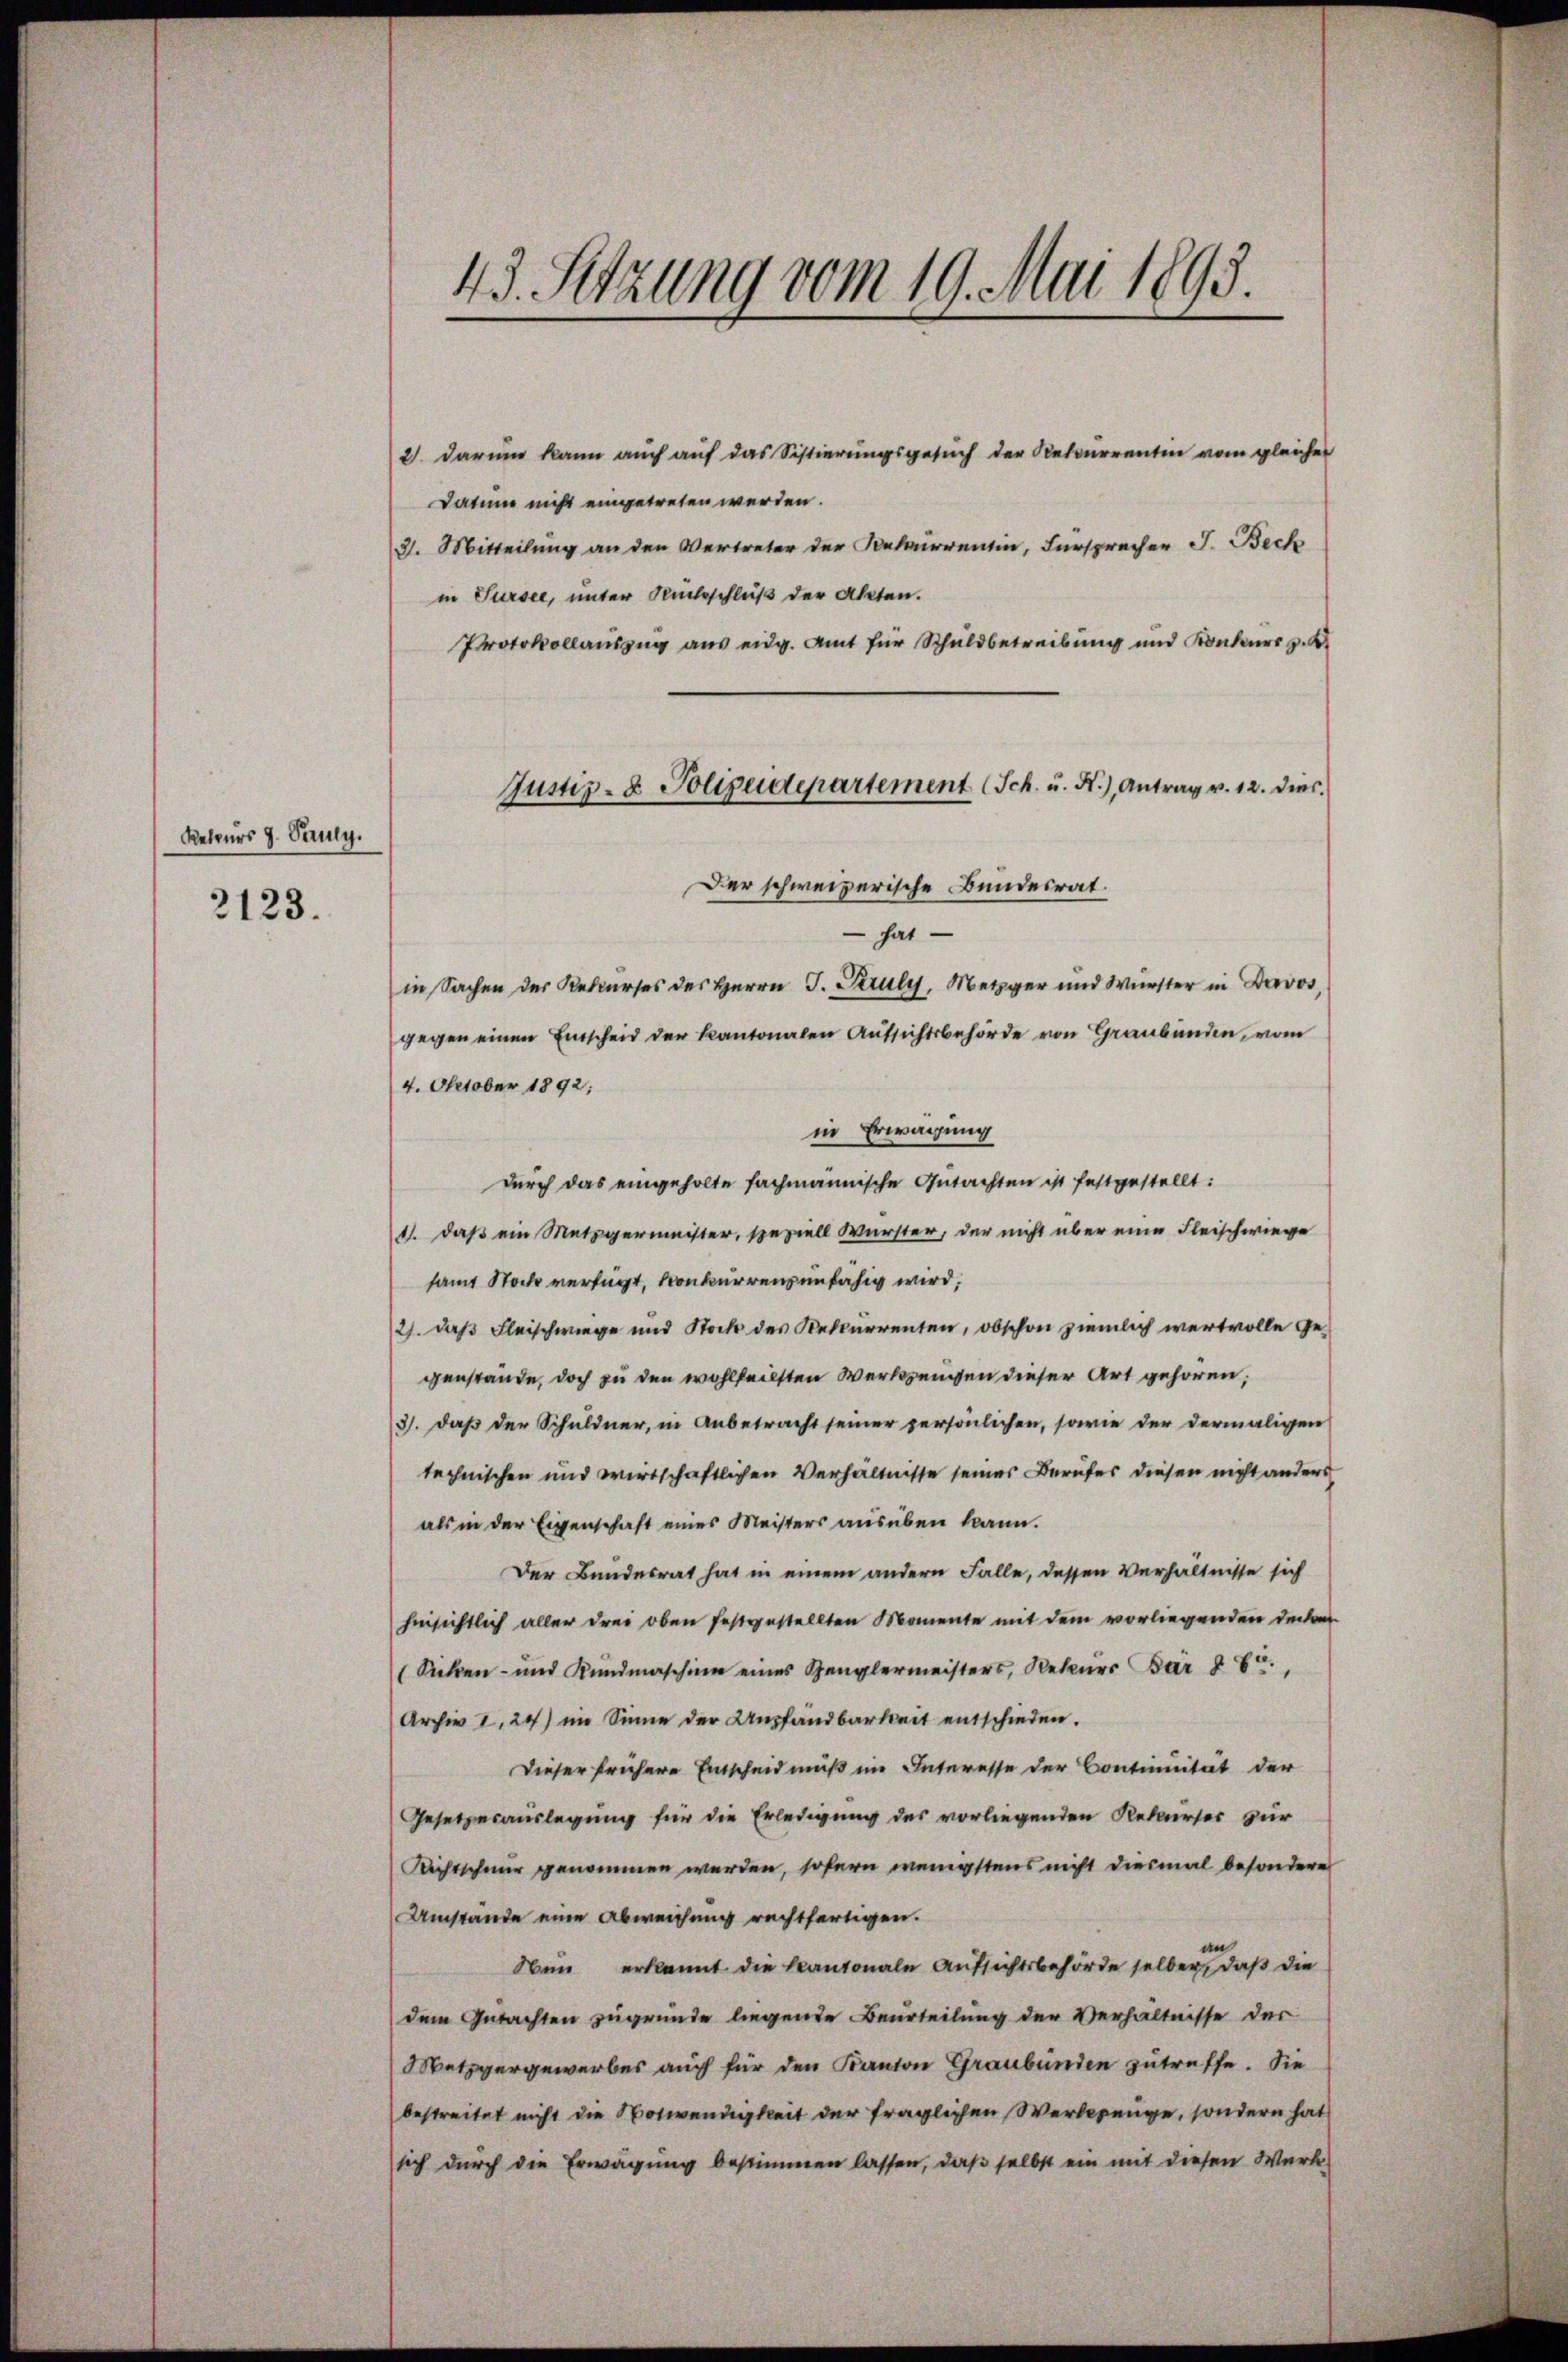
Reteurs g. Sany.
2123.

43. Sitzung vom 19. Mai 1893.

2. darum kann auch auf das Sistierungsgesuch der Rekurrentin vom gleicher
Datum nicht eingetreten werden.
31. Mitteilung an den Vertreter der Rekurrenten, Fürspracher J. Beck
in Sursee, unter Rückschluß der Akten.
Protokollauszug aus eidg. Amt für Schuldbetreibung und Konkurs z. B.
 hat
in Sachen des Rekurses des Herrn J. Peruly, Metzger und Würster in Davos,
gegen einen Entscheid der Kantonalen Aŭssichtsbehörde von Graubünden, vom
4. October 1892;
in Erwägung
durch das eingeholte fachmannische Gutachten ist festgestellt:
11. daß ein Metzgermeister, speziell Würster, der nicht über eine Fleischwiege
samt Noch verfügt, konkurrens unfähig wird,
2). Das Fleischwiege und Stock des Rekurrenten, obschon ziemlich wertvolle Gegenstände, doch zu den wohlfeilsten Werkzeugen dieser Art gehören;
3. daß der Schuldner, in Anbetracht seiner persönlichen, sowie der dermaligen
technischen und wirtschaftlichen Verhältnisse seines Berufes diesen nicht anders
als in der Eigenschaft eines Meisters ausüben kann.
Der Bundesrat hat in einem andern Falle, dessen Verhältnisse sich
hinsichtlich aller drei oben festgestellten Momente mit dem vorliegenden Decke
(Sicken- und Kundmaschine eines Zenglermeisters, Rekurs Bär § 85.
Archiv I.24) im Sinne der Unpfandbarkeit entschieden.
Dieser frühere Entscheid muß im Interesse der Continuität der
Gesetzesauslegung für die Erledigung des vorliegenden Rekurses zur
Richtschnur genommen werden, sofern wenigstens nicht diesmal besondere
Umstände eine Abweichung rechtfertigen.
Nun erkannt die kantonale Aufsichtsbehörde selber, daß die
dem Gutachten zugrunde liegende Beurteilung der Verhältnisse der
Metzgergewerbes auch für den Kanton Graubünden zutreffe. Sie
bestreitet nicht die Notwendigkeit der fraglichen Werkerenge, sondern hat
sich durch die Erwägung bestimmen lassen, daß selbst ein mit diesen Werke,

Justiz- & Polizeidepartement (Sch. u. N.), Antrag v. 12. dies
Der schweizerische Bundesrat.